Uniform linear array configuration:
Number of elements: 8
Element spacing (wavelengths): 0.75
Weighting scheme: blackman
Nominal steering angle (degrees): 60
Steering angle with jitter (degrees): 59.424
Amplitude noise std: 0.05
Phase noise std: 0.05

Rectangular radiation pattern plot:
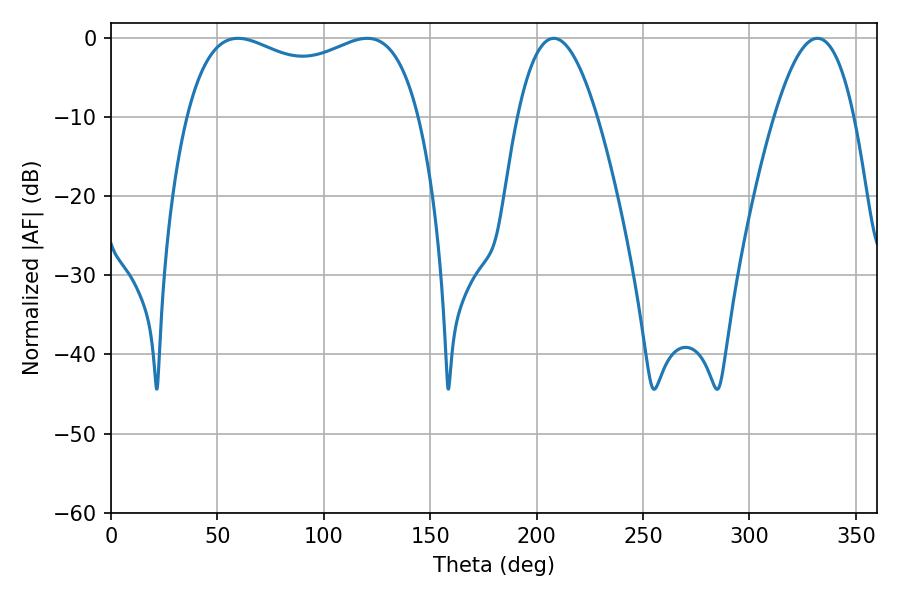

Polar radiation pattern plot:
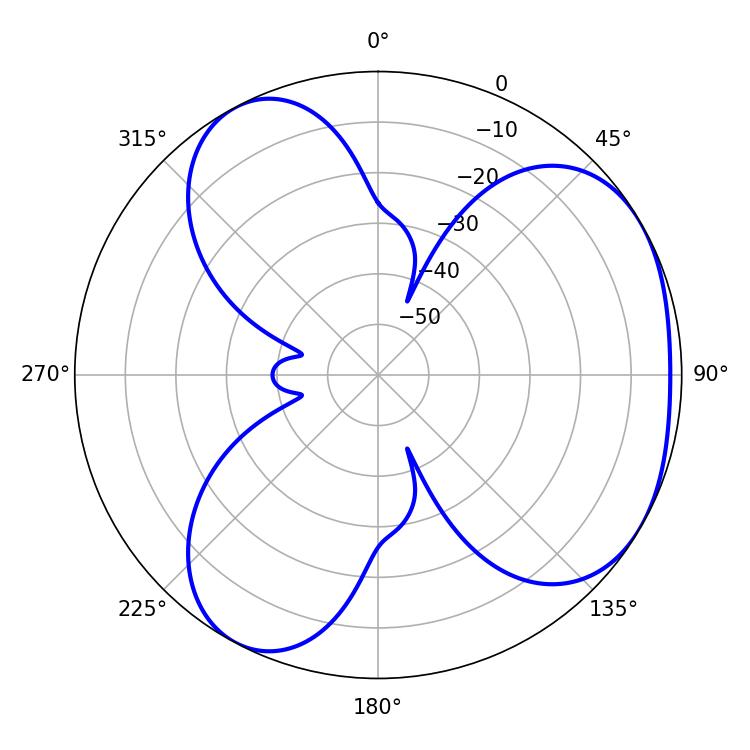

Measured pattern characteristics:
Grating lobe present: TRUE
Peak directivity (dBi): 3.932
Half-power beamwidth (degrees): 20.52
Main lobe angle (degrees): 208.08